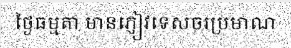
ថ្ងៃធម្មតា មានភ្ញៀវទេសចរប្រមាណ